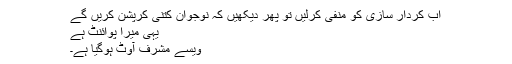
اب کردار سازی کو منفی کرلیں تو پھر دیکھیں کہ نوجوان کتنی کرپشن کریں گے
یہی میرا پوائنٹ ہے
ویسے مشرف آوٹ ہوگیا ہے۔